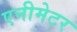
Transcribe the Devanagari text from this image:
एनीमेटर